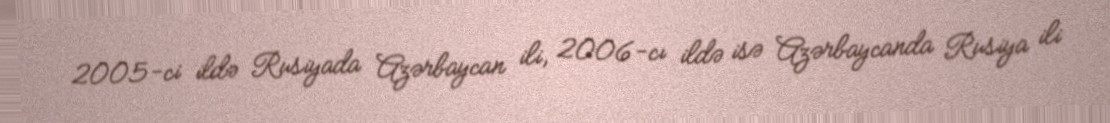
2005-ci ildə Rusiyada Azərbaycan ili, 2006-cı ildə isə Azərbaycanda Rusiya ili